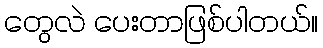
တွေလဲ ပေးတာဖြစ်ပါတယ်။